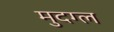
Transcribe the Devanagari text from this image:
मुदग्ल